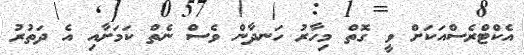
އެކްޓްރެސްއަކަށް ވީ ގޮތް މިހާރު ހަނދާން ވެސް ނެތް ކަމަށާއި އެ ދަތުރު